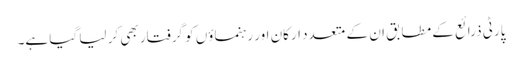
پارٹی ذرائع کے مطابق ان کے متعدد ارکان اور رہنماؤں کو گرفتار بھی کر لیا گیا ہے۔